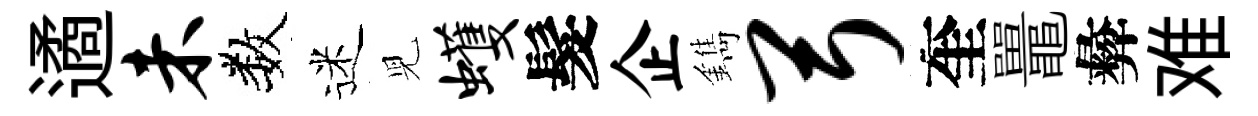
遹未数迷児蠖髮企鐫弓奎鼉彜难